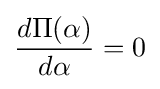
{\frac {d\Pi (\alpha )}{d\alpha }}=0